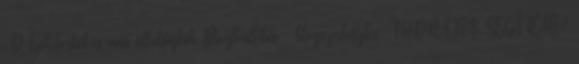
:D Ízek.torták.és más állatfajták Blogbeállítás blogszerkesztés. TUDNÁTOK SEGÍTENI?